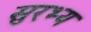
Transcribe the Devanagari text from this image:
सुरभ्य